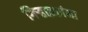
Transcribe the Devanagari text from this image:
गिर्‍हाइकांना